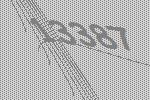
13387